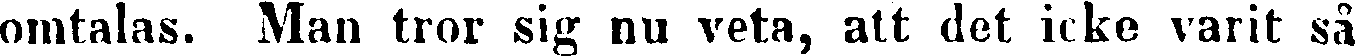
omtalas. Man tror sig nu veta, att det icke varit så